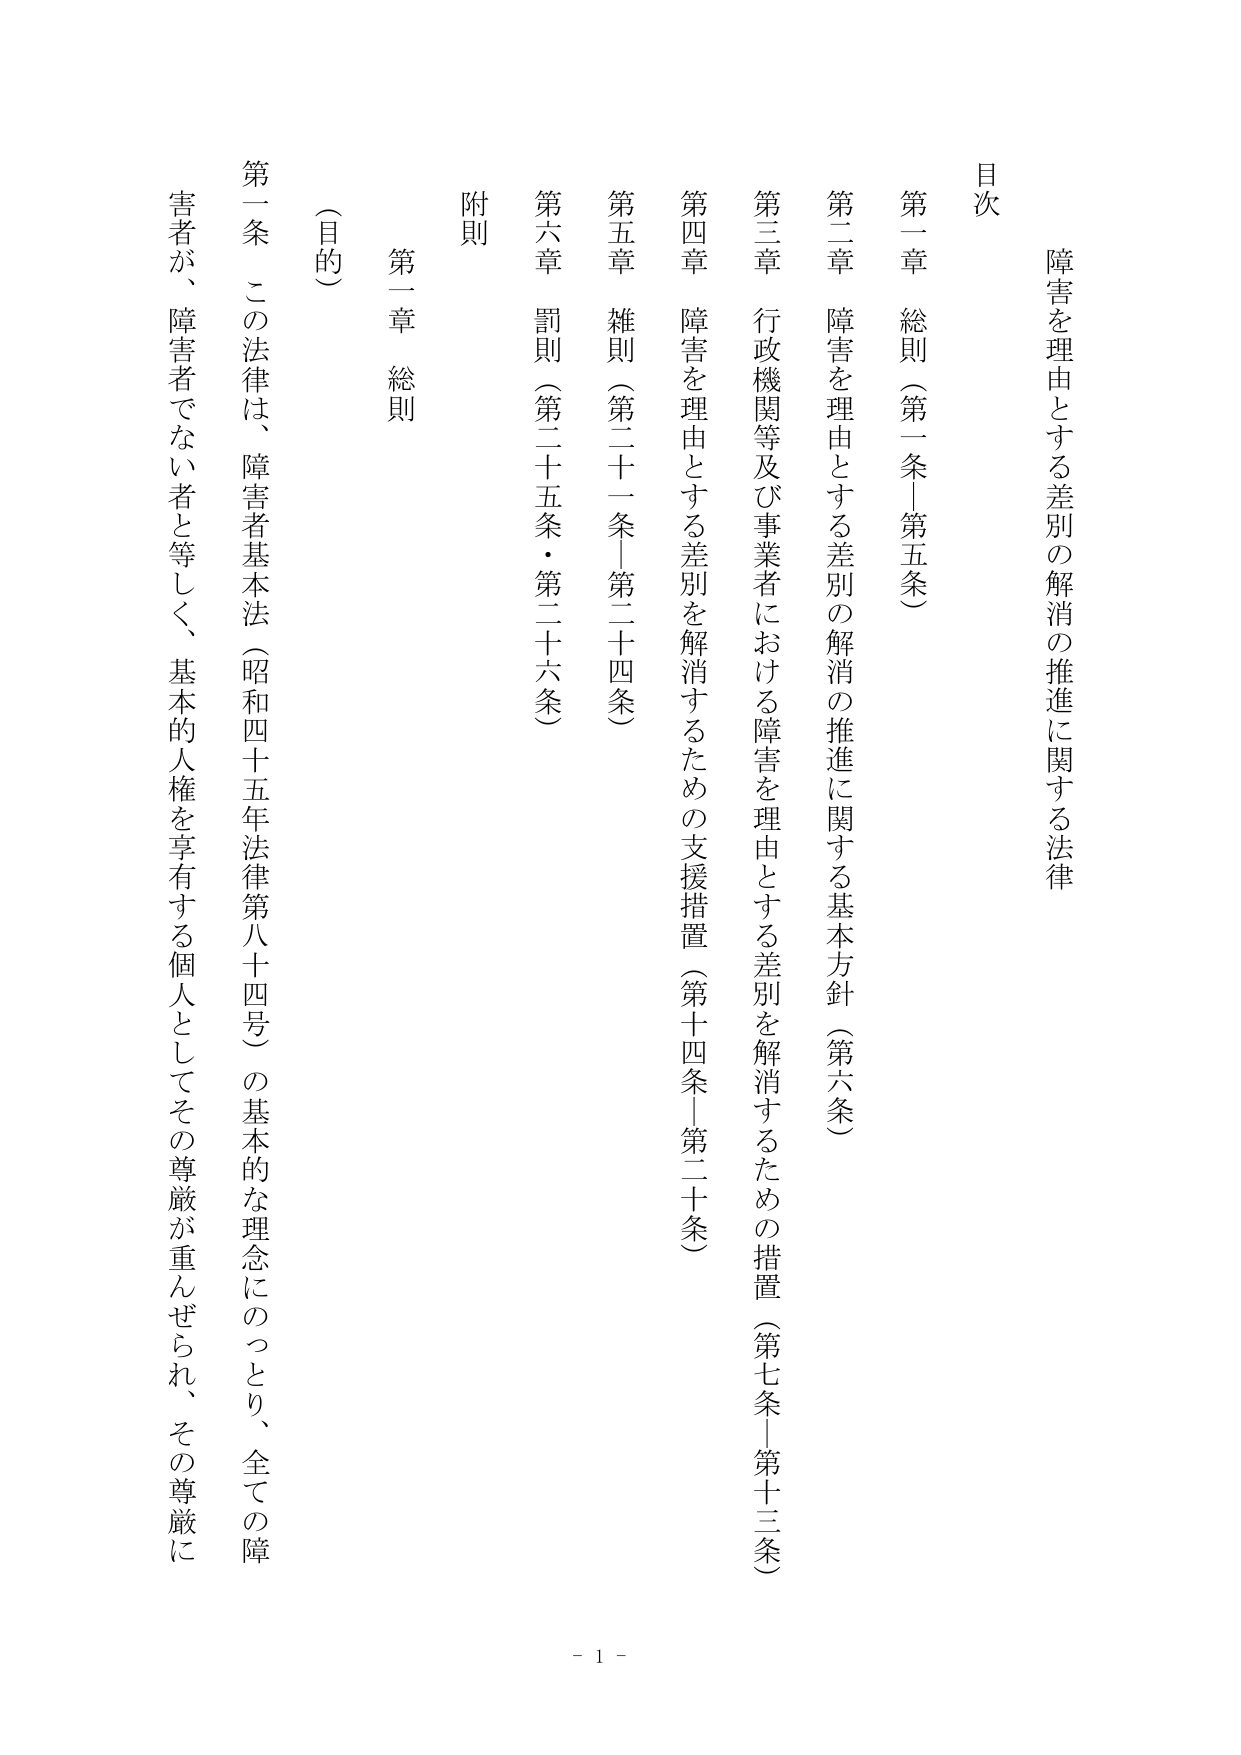
障害を理由とする差別の解消の推進に関する法律

目次

第一章 総則（第一条－第五条）
第二章 障害を理由とする差別の解消の推進に関する基本方針（第六条）
第三章 行政機関等及び事業者における障害を理由とする差別を解消するための措置（第七条－第十三条）
第四章 障害を理由とする差別を解消するための支援措置（第十四条－第二十条）
第五章 雑則（第二十一条－第二十四条）
第六章 罰則（第二十五条・第二十六条）
附則

第一章 総則

（目的）

第一条 この法律は、障害者基本法（昭和四十五年法律第八十四号）の基本的な理念にのっとり、全ての障害者が、障害者でない者と等しく、基本的人権を享有する個人としてその尊厳が重んぜられ、その尊厳に

- 1 -